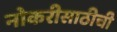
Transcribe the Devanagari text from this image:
नोकरीसाठीची